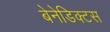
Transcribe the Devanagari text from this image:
बेनेडिक्टस